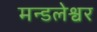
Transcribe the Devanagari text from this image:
मन्डलेश्वर